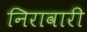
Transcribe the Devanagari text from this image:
निरावारी